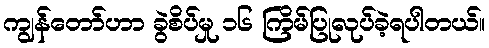
ကျွန်တော်ဟာ ခွဲစိပ်မှု ၁၆ ကြိမ်ပြုလုပ်ခဲ့ရပါတယ်။